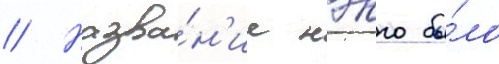
// Назва́н'ие нэнго бы́ло